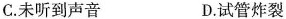
C. 未听到声音 D. 试管炸裂